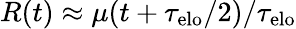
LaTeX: R(t)\approx\mu(t+\tau_{\mathrm{elo}}/2)/\tau_{\mathrm{elo}}